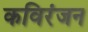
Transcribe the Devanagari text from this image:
कविरंजन